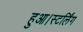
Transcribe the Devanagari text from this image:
हुआ।स्टर्लिंग